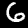
Label: 6